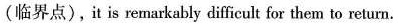
(临界点),it is remarkably difficult for them to return.